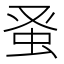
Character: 𫊫